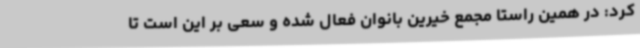
کرد: در همین راستا مجمع خیرین بانوان فعال شده و سعی بر این است تا